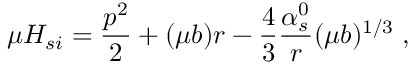
\mu H _ { s i } = { \frac { p ^ { 2 } } { 2 } } + ( \mu b ) r - { \frac { 4 } { 3 } } { \frac { \alpha _ { s } ^ { 0 } } { r } } ( \mu b ) ^ { 1 / 3 } \; ,